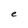
Character: e